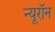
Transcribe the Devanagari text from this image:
न्‍यूरॉन